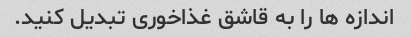
اندازه ها را به قاشق غذاخوری تبدیل کنید.